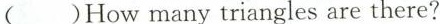
( )How many triangles are there?